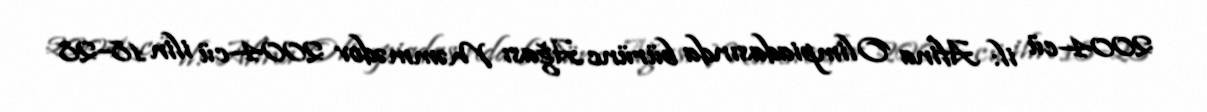
2004-cü il: Afina Olimpiadasında bürünc Ağası Məmmədov 2004-cü ilin 18–28